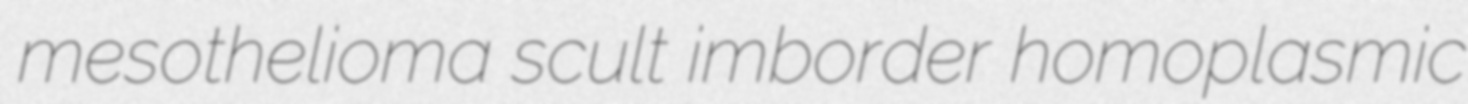
mesothelioma scult imborder homoplasmic